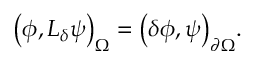
\big ( \phi , L _ { \delta } \psi \big ) _ { \Omega } = \big ( \delta \phi , \psi \big ) _ { \partial { \Omega } } .